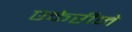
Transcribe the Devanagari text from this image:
एकेरीने